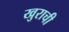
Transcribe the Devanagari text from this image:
खुराची